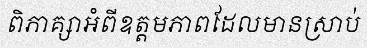
ពិភាគ្សាអំពីឧត្តមភាពដែលមានស្រាប់